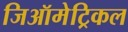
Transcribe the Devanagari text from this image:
जिऑमेट्रिकल